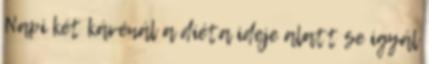
Napi két kávénál a diéta ideje alatt se igyál